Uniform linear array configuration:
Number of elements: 8
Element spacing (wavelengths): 0.25
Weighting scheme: blackman
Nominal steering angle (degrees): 0
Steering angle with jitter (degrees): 0.3327
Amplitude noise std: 0.05
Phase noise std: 0.05

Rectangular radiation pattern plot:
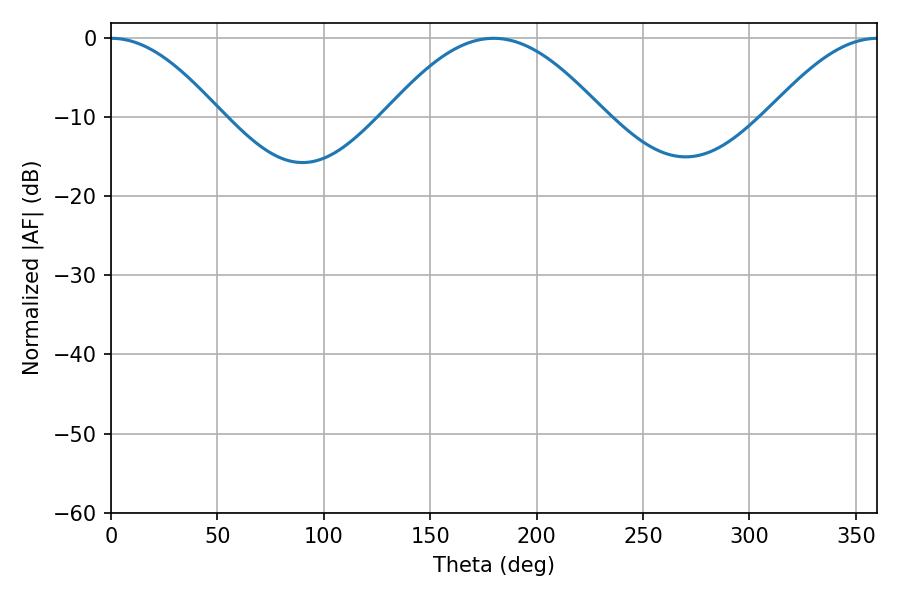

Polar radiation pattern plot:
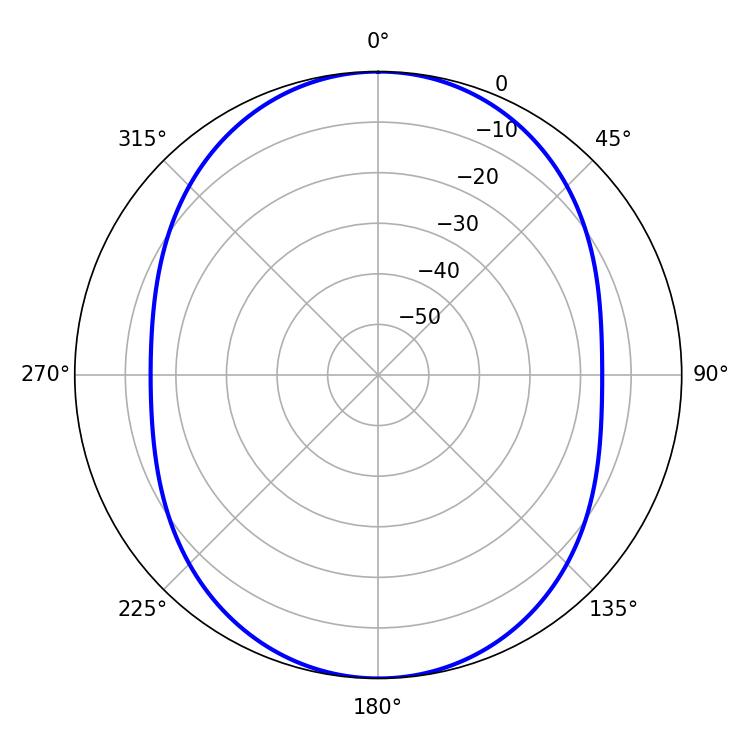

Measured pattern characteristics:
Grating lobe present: FALSE
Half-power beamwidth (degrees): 27.72
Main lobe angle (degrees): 0.18